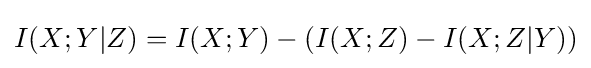
I(X;Y|Z)=I(X;Y)-(I(X;Z)-I(X;Z|Y))